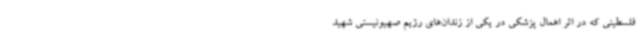
فلسطینی که در اثر اهمال پزشکی در یکی از زندان‌های رژیم صهیونیستی شهید